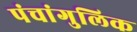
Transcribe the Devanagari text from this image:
पंचांगुलिक